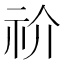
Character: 祄